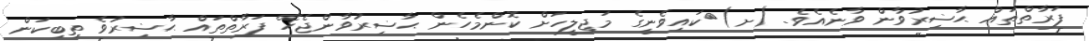
ފަރާތްތައް ޙާޟިރުވާން ވާނެއެވެ. (ށ)	ކައިވެނީގެ މަޖިލީހަށް ކޮންމެހެން ޙާޟިރުވާންޖެހޭ ފަރާތްތައް ޙާޟިރުވެ ތިބިކަން